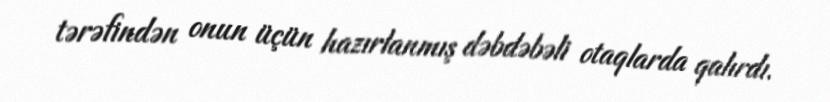
tərəfindən onun üçün hazırlanmış dəbdəbəli otaqlarda qalırdı.